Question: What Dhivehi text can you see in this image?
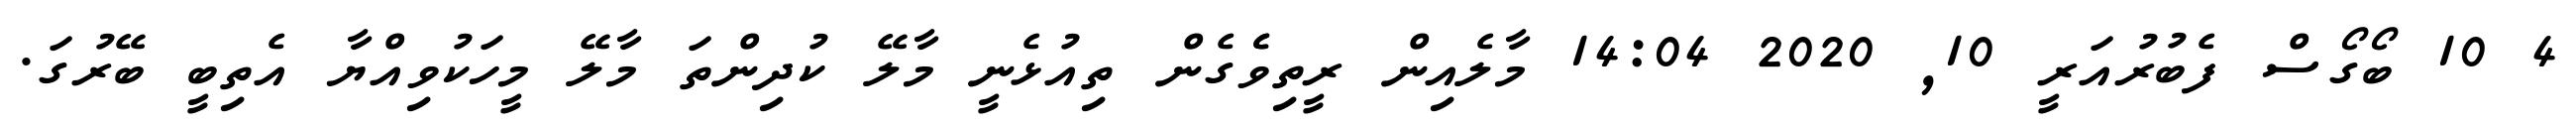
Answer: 4 10 ބޯގޯސް ފެބުރުއަރީ 10, 2020 14:04 މާލެއިން ރީތިވެެގެން ތިއުޅެނީ މާލޭ ކުދިންތަ މާލޭ މީހަކުވިއްޔާ އެތިބީ ބޭރުގަ.